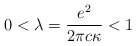
\begin{align*}0 < \lambda = {e^2 \over 2 \pi c \kappa} < 1\end{align*}